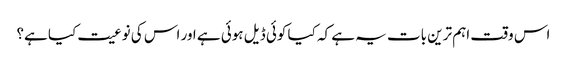
اس وقت اہم ترین بات یہ ہے کہ کیا کوئی ڈیل ہوئی ہے اور اس کی نوعیت کیا ہے؟